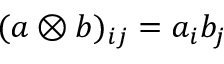
( a \otimes b ) _ { i j } = a _ { i } b _ { j }